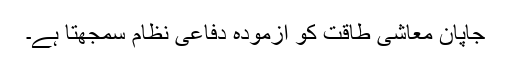
جاپان معاشی طاقت کو آزمودہ دفاعی نظام سمجھتا ہے۔